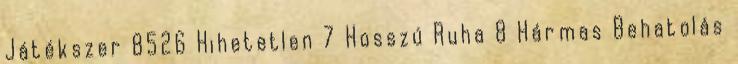
Játékszer 8526 Hihetetlen 7 Hosszú Ruha 8 Hármas Behatolás